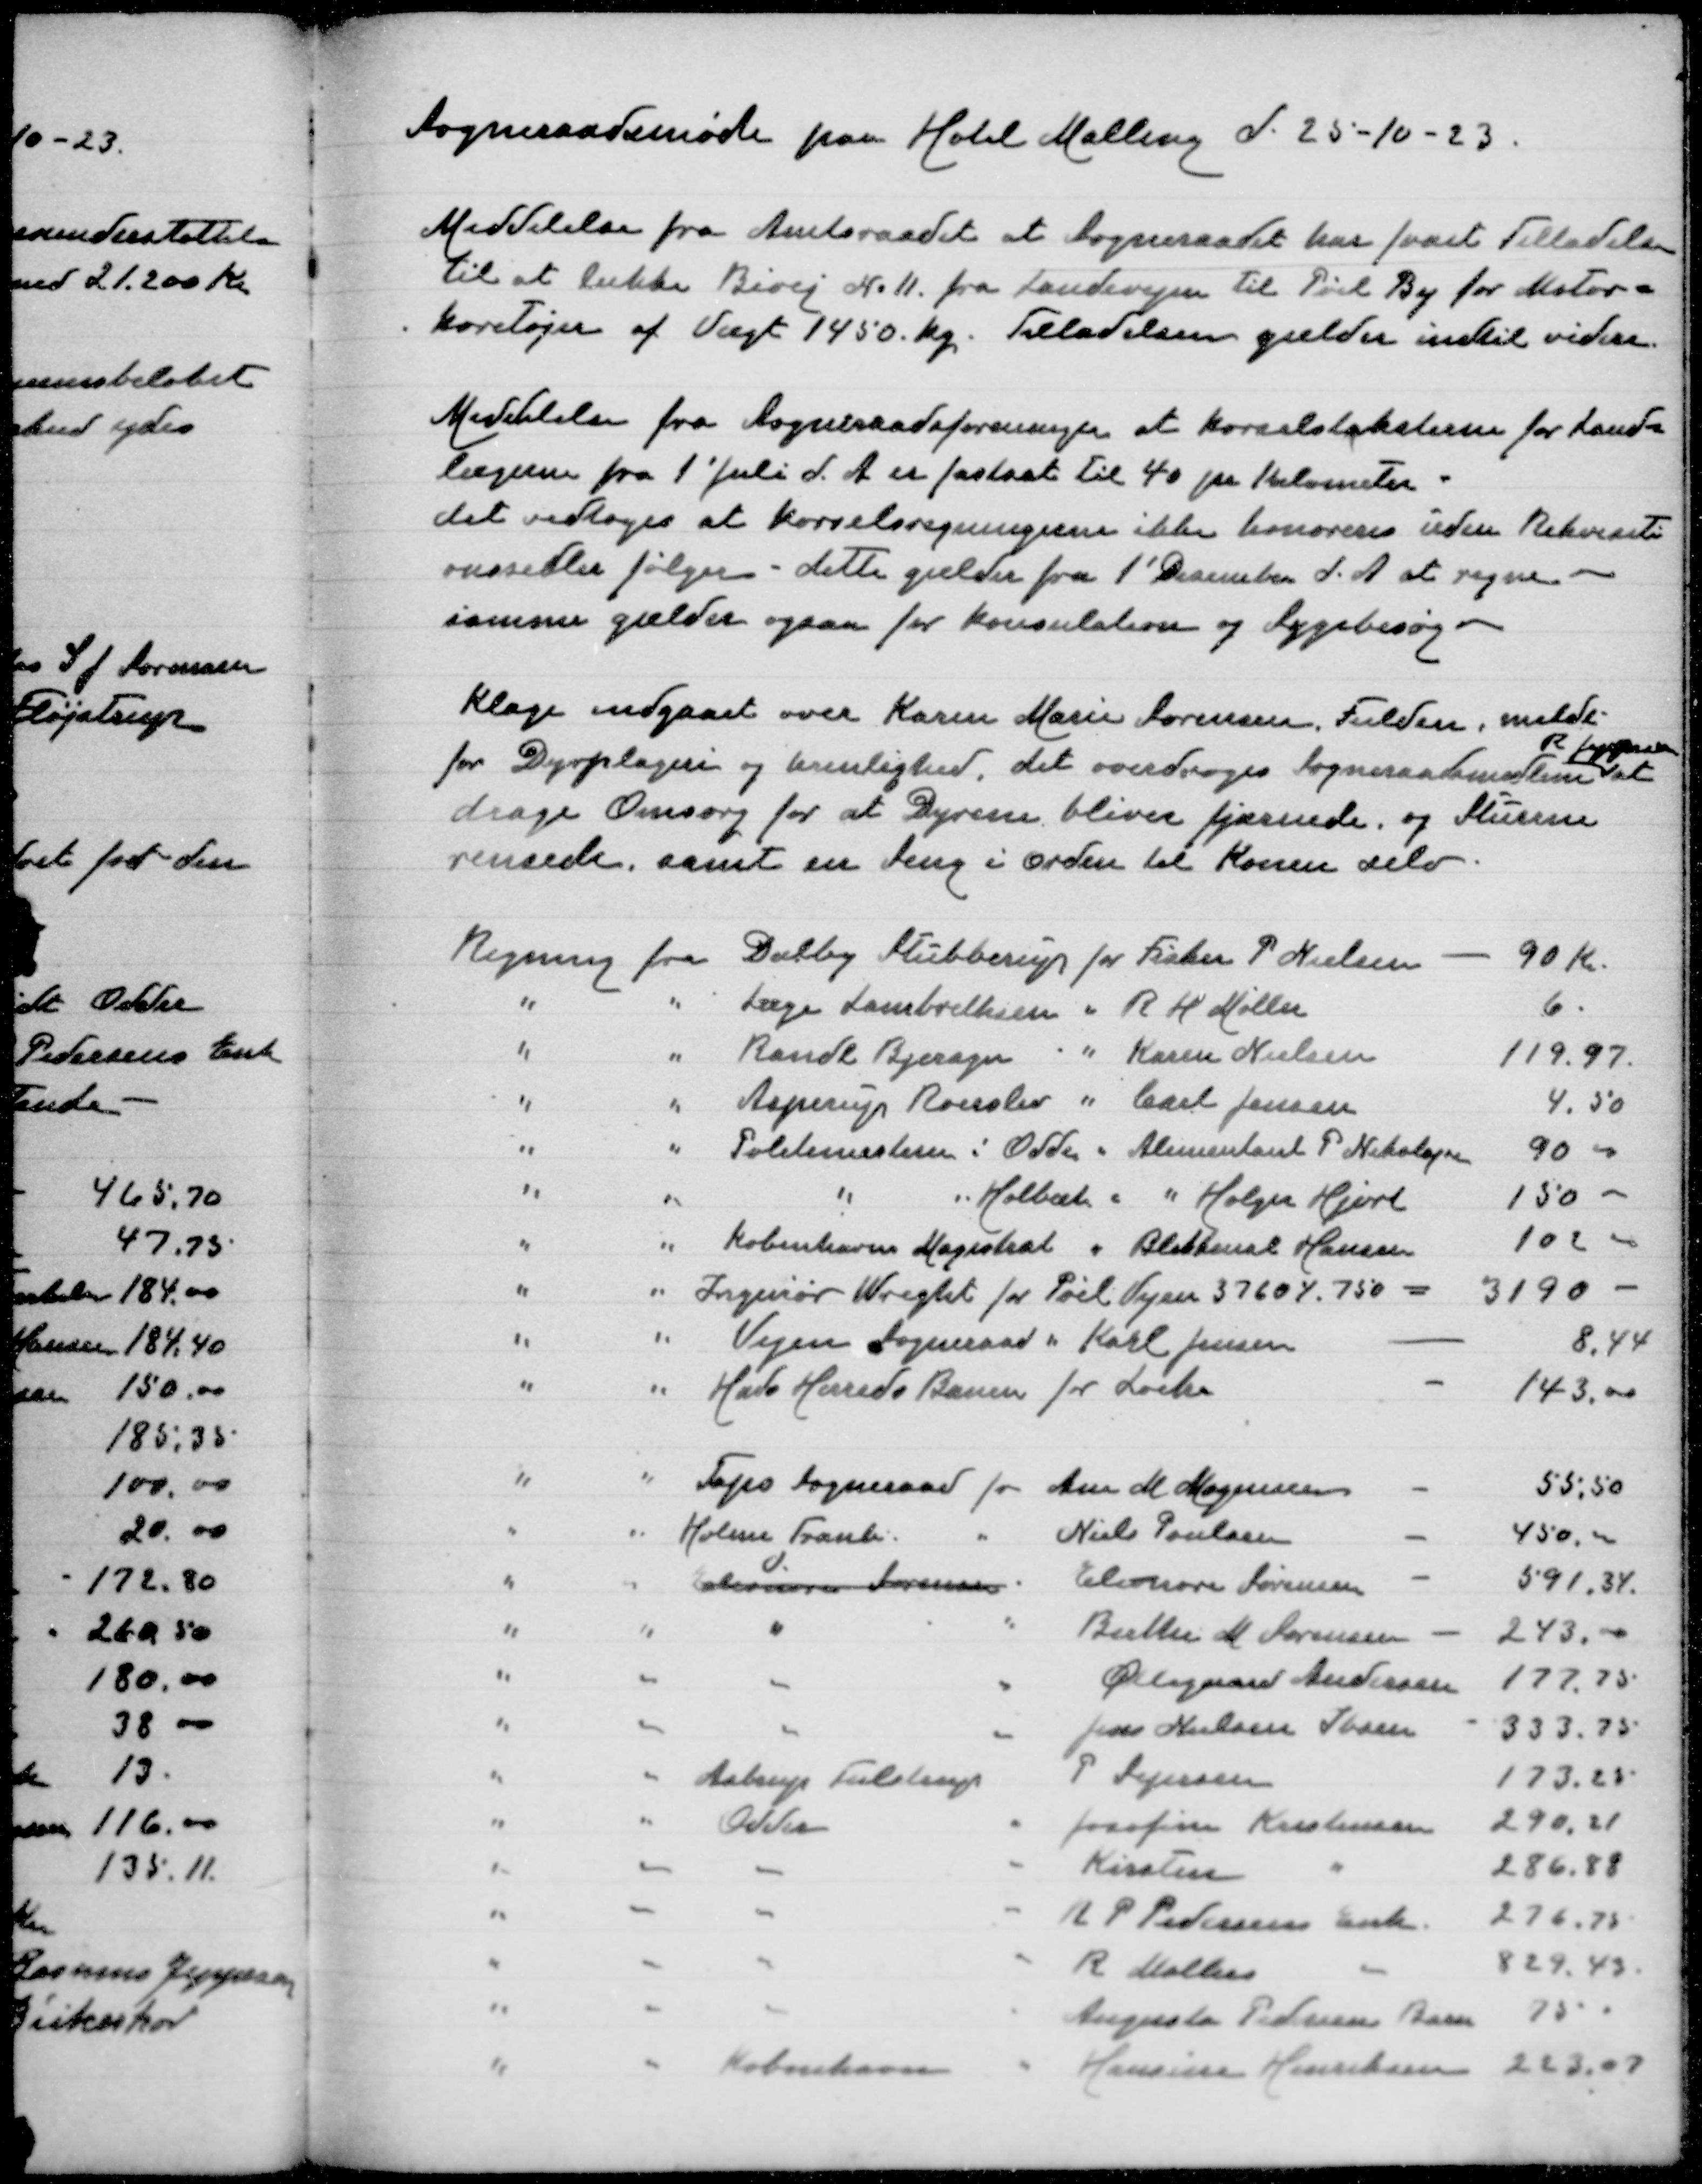
Transskription:
Sogneraadsmøde paa Hotel Malling d 25-10-23

Meddelelse fra Amtsraadet at Sogneraadet har faaet Tilladelse
til at lukke Bivej N. 11 fra Landevejen til Pøel By for Motor=
køretøjer af Vægt 1450 kg. Tilladelsen gælder indtil videre

Meddelelse fra sogneraadsforeningen at Kørselstaksterne for Land=
lægerne fra 1' Juli d A er fastsat til 40 pr Kilometer
det vedtoges at Kørselsregningerne ikke honoreres uden Rekvisiti
onssedler følger - dette gælder fra 1' December d A at regne
samme gælder også for Konsultation og Sygebesøg

Klage indgaaet over Karen Marie Sørensen, Fulden, meldt
R Jeppesen
for Dyrplageri og Urenlighed, det overdrages Sogneraadsmedlem at
drage Omsorg for at Dyrene bliver fjernet og Stuerne
rensede, samt en seng i orden til Konen selv

Regning fra Dalby Stubberup for Fisker P Nielsen
90 Kr
" " Læge Lambrethsen " R H Møller
6
" " Rønde Bjerager " Karen Nielsen
119,97
" " Asperup Roerslev " Carl Jensen
4,50
" " Politimesteren i Odder " Alimentant P Nikolajsen
90,00
" " " " Holbæk " Holger Hjort
150 00
" " Københavns Magistrat " Blikkensl Hansen
102 00
" " Ingeniør Wright for Pøel Vejen 3760 ./. 750 =
3190
" " Vejen Sogneraad " Karl Jensen
8,44
" " Hads Herreds Baner for Lock
143,00
" " Taps Sogneraad for Ane M Mogensen
55,50
" " Holme Framlev " Niels Poulsen
450,00
d
" " Eleonora Sørensen " Eleonora Sørensen
591,34
" " " " Birthe M Sørensen
243,00
" " " " Ølsgaard Andersen
177,75
" " " " Jens Nielsen Ibsen
333,75
" " Astrup Tulstrup P Sejersen
173,25
" " Odder " Josefine Kristensen
290,21
" " " " Kirstine "
286,88
" " " " R P Pedersens Enke
276,75
" " " " R Møllers "
829,43
" " " " Augusta Pedersens Barn
75
" " København " Hansine Henriksen
223,07